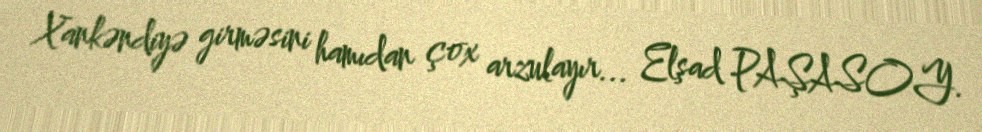
Xankəndiyə girməsini hamıdan çox arzulayır... Elşad PAŞASOY.